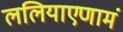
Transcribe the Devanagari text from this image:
ललियाएणामं